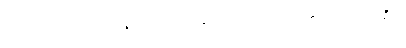
သုတ်သင်စေကုန်လော့။” ဣတိ၊ ဤသို့။ (အာဟ၊ ဆို၏။)